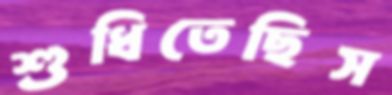
শুধিতেছিস